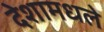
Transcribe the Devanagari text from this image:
देशामधले